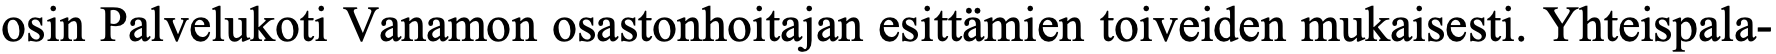
osin Palvelukoti Vanamon osastonhoitajan esittämien toiveiden mukaisesti. Yhteispala-